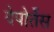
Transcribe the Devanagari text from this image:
देपोर्तेस